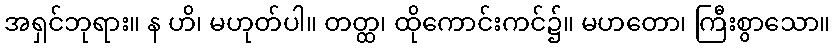
အရှင်ဘုရား။ န ဟိ၊ မဟုတ်ပါ။ တတ္ထ၊ ထိုကောင်းကင်၌။ မဟတော၊ ကြီးစွာသော။